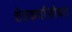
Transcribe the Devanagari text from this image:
शेतकर्यांसोबत